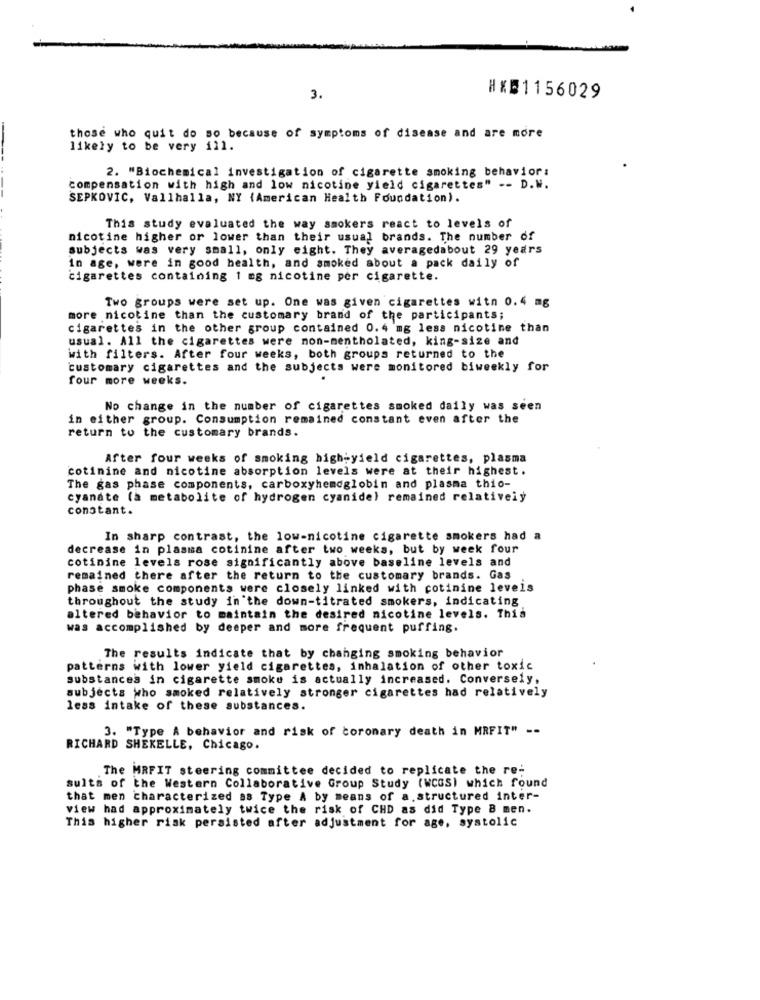
3.
HX51156029
those who quit do so because of symptoms of disease and are more
likely to be very ill.
2. "Biochemical investigation of cigarette smoking behavior:
compensation with high and low nicotine yield cigarettes" -- D.W.
SEPKOVIC, Vallhalla, NY (American Health Foundation).
This study evaluated the way smokers react to levels of
nicotine higher or lower than their usual brands. The number of
subjects was very small, only eight. They averagedabout 29 years
in age, were in good health, and smoked about a pack daily of
cigarettes containing 1 mg nicotine per cigarette.
Two groups were set up. One was given cigarettes witn 0.4 mg
more nicotine than the customary brand of the participants;
cigarettes in the other group contained 0.4 mg less nicotine than
usual. All the cigarettes were non-mentholated, king-size and
with filters. After four weeks, both groups returned to the
customary cigarettes and the subjects were monitored biweekly for
four more weeks.
No change in the number of cigarettes smoked daily was seen
in either group. Consumption remained constant even after the
return to the customary brands.
After four weeks of smoking high-yield cigarettes, plasma
cotinine and nicotine absorption levels were at their highest.
The gas phase components, carboxyhemoglobin and plasma thio-
cyanáte (à metabolite of hydrogen cyanide) remained relatively
constant.
In sharp contrast, the low-nicotine cigarette smokers had a
decrease in plasma cotinine after two weeks, but by week four
cotinine levels rose significantly above baseline levels and
remained there after the return to the customary brands. Gas
phase smoke components were closely linked with cotinine levels
throughout the study in the down-titrated smokers, indicating
altered behavior to maintain the desired nicotine levels. This
was accomplished by deeper and more frequent puffing.
The results indicate that by changing smoking behavior
patterns with lower yield cigarettes, inhalation of other toxic
substances in cigarette smoke is actually increased. Conversely,
subjects who smoked relatively stronger cigarettes had relatively
less intake of these substances.
3. "Type A behavior and risk of coronary death in MRFIT" --
RICHARD SHEKELLE, Chicago.
The MRFIT steering committee decided to replicate the re-
suits of the Western Collaborative Group Study (WCGS) which found
that men characterized as Type A by means of a.structured inter-
view had approximately twice the risk of CHD as did Type B men.
This higher risk persisted after adjustment for age, systolic